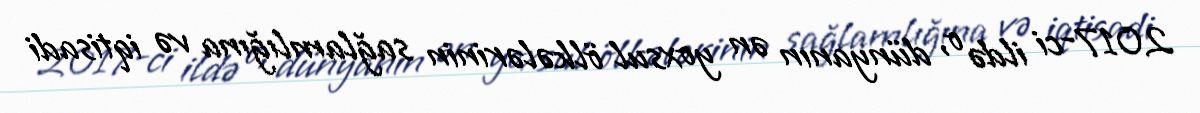
2017-ci ildə o, dünyanın ən yoxsul ölkələrinin sağlamlığına və iqtisadi